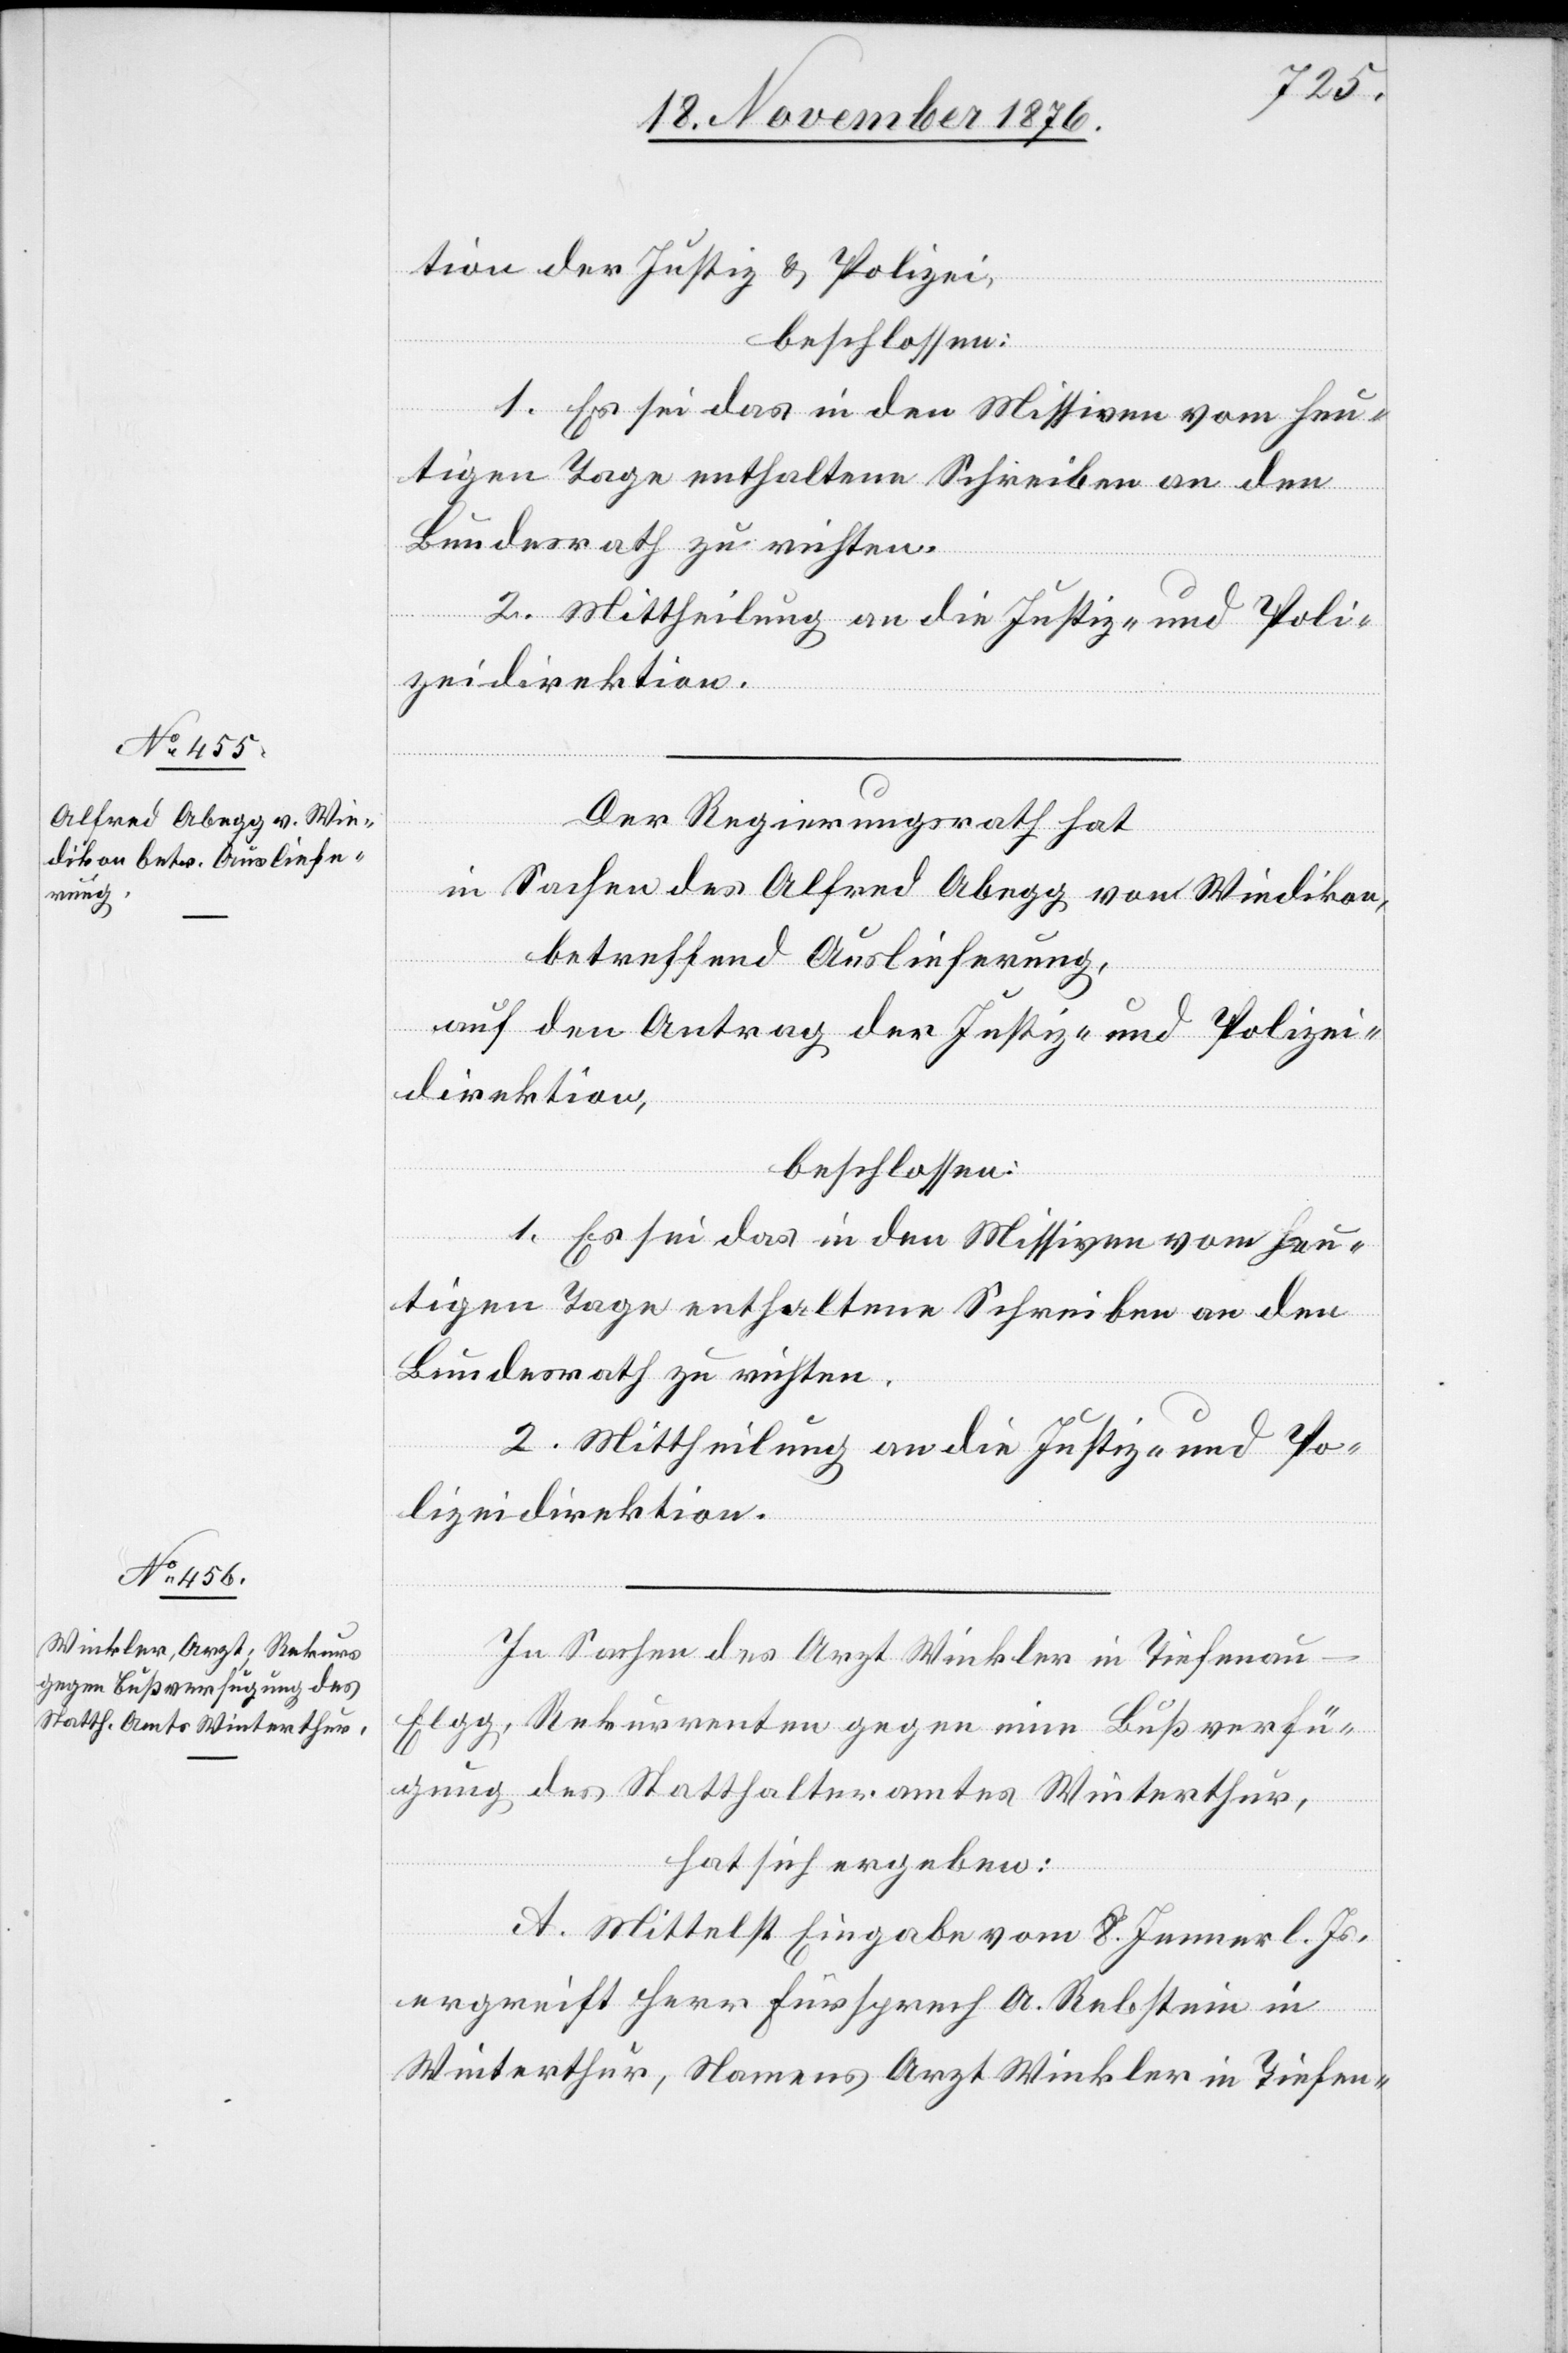
tion der Justiz- & Polizei,
beschlossen:
1. Es sei das in den Missiven vom heu¬
tigen Tage enthaltene Schreiben an den
Bundesrath zu richten.
2. Mittheilung an die Justiz- und Poli¬
zeidirektion.
Der Regierungsrath hat,
in Sachen des Alfred Abegg von Wiedikon,
betreffend Auslieferung,
auf den Antrag der Justiz- und Polizei¬
direktion,
beschlossen:
In Sachen des Arzt Winkler in Tiefenau
Elgg, Rekurrenten gegen eine Bußverfü¬
gung des Statthalteramtes Winterthur,
hat sich ergeben:
A. Mittelst Eingabe vom 8. Jenner l. Js.
ergreift Herr Fürsprech A. Rebstein in
Winterthur, Namens Arzt Winkler in Tiefen-